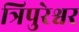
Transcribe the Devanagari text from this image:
त्रिपुरेश्वर